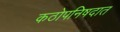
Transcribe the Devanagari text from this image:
कठोपनिषदात